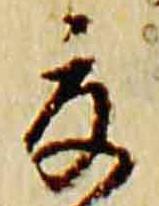
夏